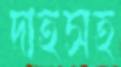
দাহসহ